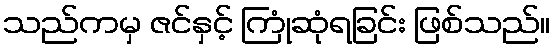
သည်ကမှ ဇင်နှင့် ကြုံဆုံရခြင်း ဖြစ်သည်။